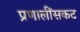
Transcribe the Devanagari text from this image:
प्रणालींसकट